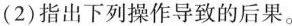
(2)指出下列操作导致的后果。